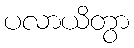
ပလာယိတွာ